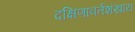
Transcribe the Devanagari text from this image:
दक्षिणावर्तशंखाय